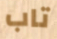
تاب